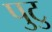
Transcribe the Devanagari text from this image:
पुटु